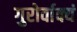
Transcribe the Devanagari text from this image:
गुरोर्वाक्यं